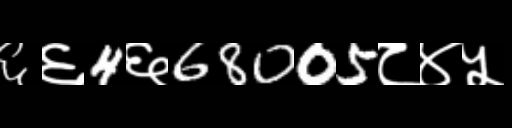
Text: ६६4६68005८४५